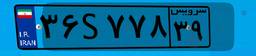
۸۹S۹۷۸۰۰